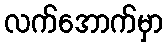
လက်အောက်မှာ